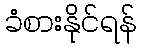
ခံစားနိုင်ရန်